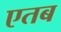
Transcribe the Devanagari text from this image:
एतब